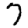
Digit: 7